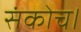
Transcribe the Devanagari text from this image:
संकोच।